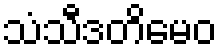
သံသီဒတိမေဝ